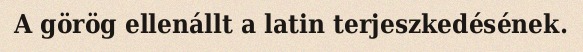
A görög ellenállt a latin terjeszkedésének.